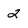
Character: 2